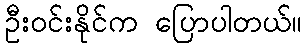
ဦးဝင်းနိုင်က ပြောပါတယ်။